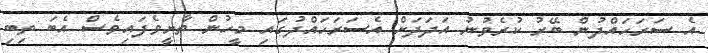
އެ ސަރަހައްދުން ބޭރު ކުރެވުނު އަދަދަށް އެސަރަހައްދުގައި މީހުން ތާށީވެފައިވެސް އެބަ ތިބި